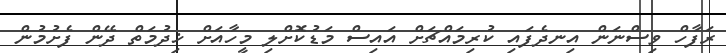
ރަފާހް ވިސްނަން އިނދެފައި ކުރިމައްޗަށް އައިސް މަޑުކޮށްލި މީހާއަށް ޚިދުމަތް ދޭން ފެށުމުން